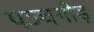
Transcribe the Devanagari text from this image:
पञ्चगौड़